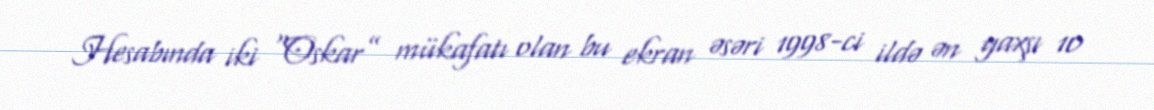
Hesabında iki “Oskar” mükafatı olan bu ekran əsəri 1998-ci ildə ən yaxşı 10